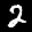
Label: 2